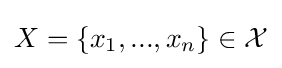
X=\{x_{1},...,x_{n}\}\in {\mathcal {X}}